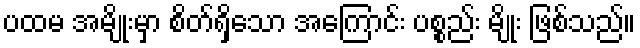
ပထမ အမျိုးမှာ စိတ်ရှိသော အကြောင်း ပစ္စည်း မျိုး ဖြစ်သည်။